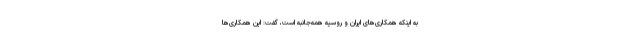
به اینکه همکاری‌های ایران و روسیه همه‌جانبه است، گفت: این همکاری‌ها